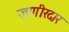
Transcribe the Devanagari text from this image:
ज़ागीरदार